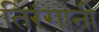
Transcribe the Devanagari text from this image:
तिरंगानी